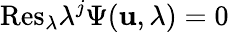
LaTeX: \mathrm{Res}_{\lambda}\lambda^{j}\Psi({\mathbf u},\lambda)=0